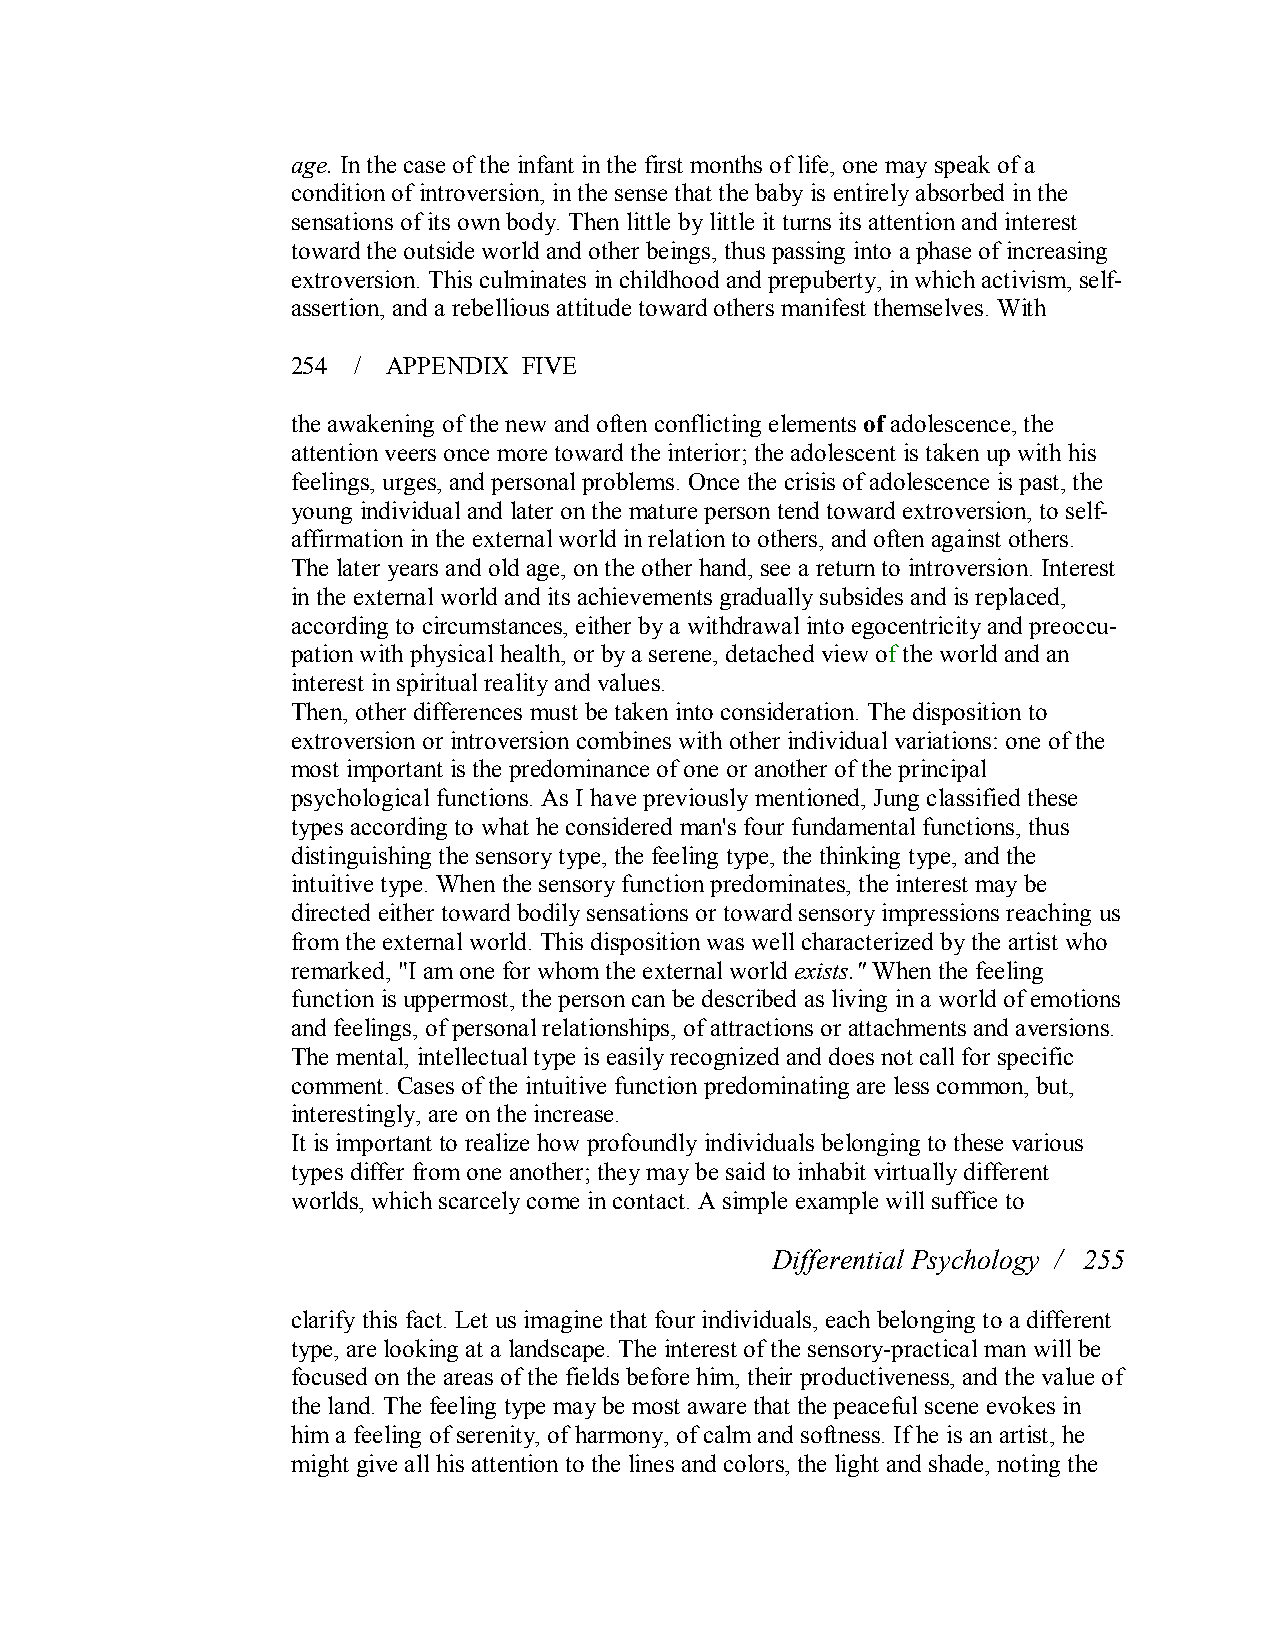
age. In the case of the infant in the first months of life, one may speak of a
 condition of introversion, in the sense that the baby is entirely absorbed in the
 sensations of its own body. Then little by little it turns its attention and interest
 toward the outside world and other beings, thus passing into a phase of increasing
 extroversion. This culminates in childhood and prepuberty, in which activism, self­
 assertion, and a rebellious attitude toward others manifest themselves. With
 254 /  APPENDIX FIVE
 the awakening of the new and often conflicting elements ofadolescence, the
 attention veers once more toward the interior; the adolescent is taken up with his
 feelings, urges, and personal problems. Once the crisis of adolescence is past, the
 young individual and later on the mature person tend toward extroversion, to self­
 affirmation in the external world in relation to others, and often against others.
 The later years and old age, onthe other hand, see a return to introversion. Interest
 in the external world and its achievements gradually subsides and is replaced,
 according to circumstances, either by a withdrawal into egocentricity and preoccu­
 pation with physical health, or by a serene, detached view ofthe world and an
 interest in spiritual reality and values.
 Then, other differences must be taken into consideration. The disposition to
 extroversion or introversion combines with other individual variations: one of the
 most important is the predominance of one or another of the principal
 psychological functions. As I have previously mentioned, Jung classified these
 types according to what he considered man's four fundamental functions, thus
 distinguishing the sensory type, the feeling type, the thinking type, and the
 intuitive type. When the sensory function predominates, the interest may be
 directed either toward bodily sensations or toward sensory impressions reaching us
 from the external world. This disposition was well characterized by the artist who
 remarked, "I am one for whom the external world exists." When the feeling
 function is uppermost, the person can be described as living in a world of emotions
 and feelings, of personal relationships, of attractions or attachments and aversions.
 The mental, intellectual type is easily recognized and does not call for specific
 comment. Cases of the intuitive function predominating are less common, but,
 interestingly, are on the increase.
 It is important to realize how profoundly individuals belonging to these various
 types differ from one another; they may be said to inhabit virtually different
 worlds, which scarcely come in contact. A simple example will suffice to
 Differential Psychology / 255
 clarify this fact. Let us imagine that four individuals, each belonging to a different
 type, are looking at a landscape. The interest of the sensory­practical man will be
 focused on the areas of the fields before him, their productiveness, and the value of
 the land. The feeling type may be most aware that the peaceful scene evokes in
 him a feeling of serenity, of harmony, of calm and softness. If he is an artist, he
 might give all his attention to the lines and colors, the light and shade, noting the